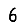
Digit: 6